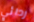
ردائي